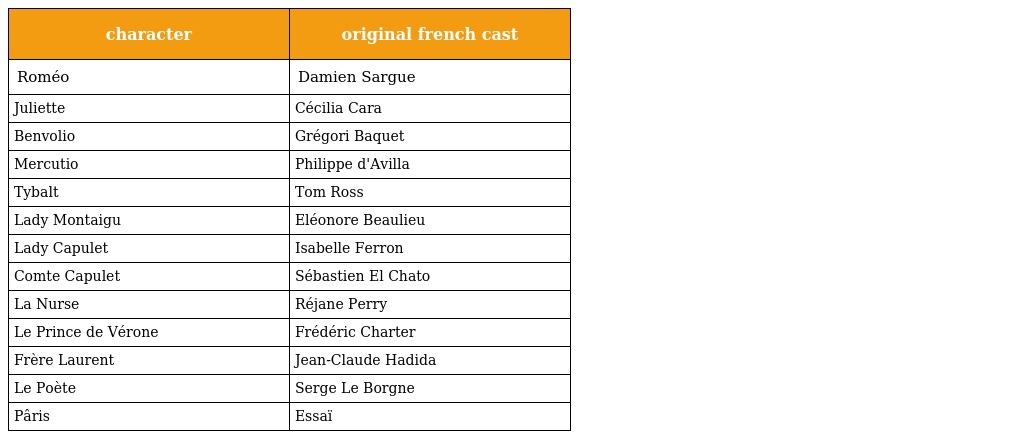
| character | original french cast |
 | --- | --- |
 | Roméo | Damien Sargue |
 | Juliette | Cécilia Cara |
 | Benvolio | Grégori Baquet |
 | Mercutio | Philippe d'Avilla |
 | Tybalt | Tom Ross |
 | Lady Montaigu | Eléonore Beaulieu |
 | Lady Capulet | Isabelle Ferron |
 | Comte Capulet | Sébastien El Chato |
 | La Nurse | Réjane Perry |
 | Le Prince de Vérone | Frédéric Charter |
 | Frère Laurent | Jean-Claude Hadida |
 | Le Poète | Serge Le Borgne |
 | Pâris | Essaï |